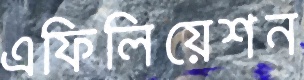
এফিলিয়েশন